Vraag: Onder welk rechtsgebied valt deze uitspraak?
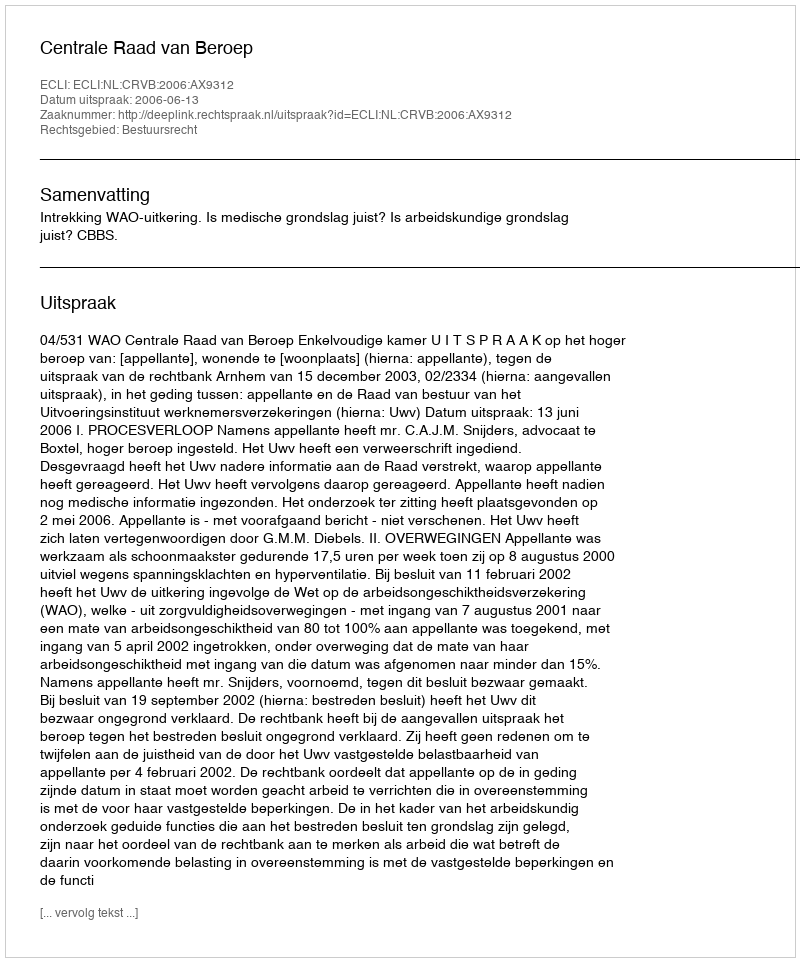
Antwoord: Bestuursrecht